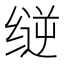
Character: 𰬳